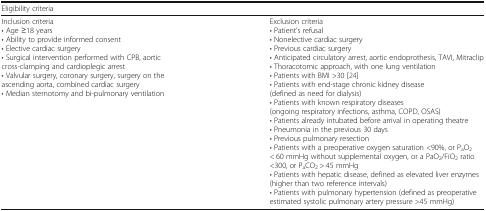
<table><thead><tr><td colspan="2"><b>Eligibility criteria</b></td></tr></thead><tbody><tr><td>Inclusion criteria• Age ≥18 years• Ability to provide informed consent• Elective cardiac surgery• Surgical intervention performed with CPB, aortic cross-clamping and cardioplegic arrest• Valvular surgery, coronary surgery, surgery on the ascending aorta, combined cardiac surgery• Median sternotomy and bi-pulmonary ventilation</td><td>Exclusion criteria• Patient’s refusal• Nonelective cardiac surgery• Previous cardiac surgery• Anticipated circulatory arrest, aortic endoprothesis, TAVI, Mitraclip• Thoracotomic approach, with one lung ventilation• Patients with BMI &gt;30 [24]• Patients with end-stage chronic kidney disease (defined as need for dialysis)• Patients with known respiratory diseases (ongoing respiratory infections, asthma, COPD, OSAS)• Patients already intubated before arrival in operating theatre• Pneumonia in the previous 30 days• Previous pulmonary resection• Patients with a preoperative oxygen saturation &lt;90%, or P<sub>a</sub>O<sub>2</sub> &lt; 60 mmHg without supplemental oxygen, or a PaO<sub>2</sub>/FiO<sub>2</sub> ratio &lt;300, or P<sub>a</sub>CO<sub>2</sub> &gt; 45 mmHg• Patients with hepatic disease, defined as elevated liver enzymes (higher than two reference intervals)• Patients with pulmonary hypertension (defined as preoperative estimated systolic pulmonary artery pressure &gt;45 mmHg)</td></tr></tbody></table>